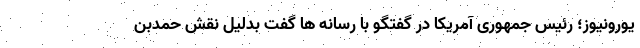
یورونیوز؛ رئیس جمهوری آمریکا در گفتگو با رسانه ها گفت بدلیل نقش حمدبن